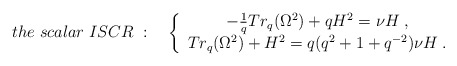
\begin{align*}the \; scalar \; ISCR \; : \quad\left\{\begin{array}{c}-\frac{1}{q} Tr_{q}(\Omega^{2}) + q H^{2} = \nu H \; , \\Tr_{q}(\Omega^{2}) + H^{2} = q(q^{2} + 1 + q^{-2})\nu H \; .\end{array}\right.\end{align*}